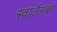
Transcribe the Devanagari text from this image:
स्वार्जेनबर्ग